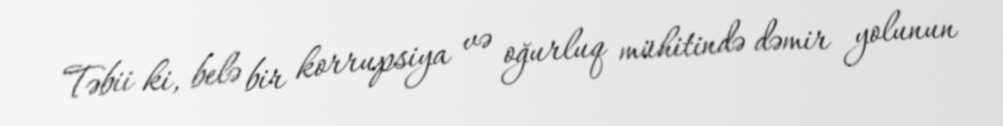
Təbii ki, belə bir korrupsiya və oğurluq mühitində dəmir yolunun